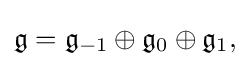
\displaystyle {{\mathfrak {g}}={\mathfrak {g}}_{-1}\oplus {\mathfrak {g}}_{0}\oplus {\mathfrak {g}}_{1},}